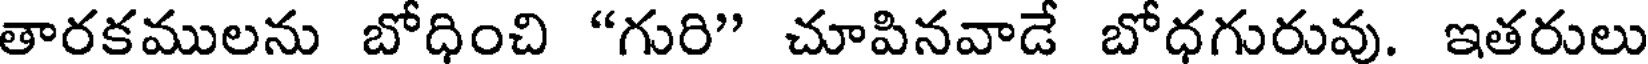
తారకములను బోధించి "గురి" చూపినవాడే బోధగురువు. ఇతరులు